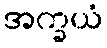
အက္ခယံ